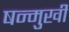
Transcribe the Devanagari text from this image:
षन्मुखी